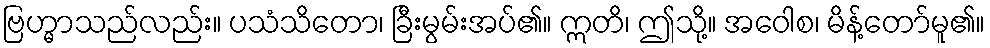
ဗြဟ္မာသည်လည်း။ ပသံသိတော၊ ခြီးမွမ်းအပ်၏။ ဣတိ၊ ဤသို့။ အဝေါစ၊ မိန့်တော်မူ၏။